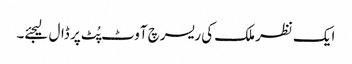
ایک نظر ملک کی ریسرچ آوٹ پُٹ پر ڈال لیجئے۔